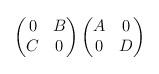
LaTeX: \begin{align*}\begin{pmatrix}0 & B\\C & 0\end{pmatrix}\begin{pmatrix}A & 0\\0 & D\end{pmatrix}\end{align*}